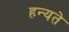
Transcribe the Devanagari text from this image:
हन्यते